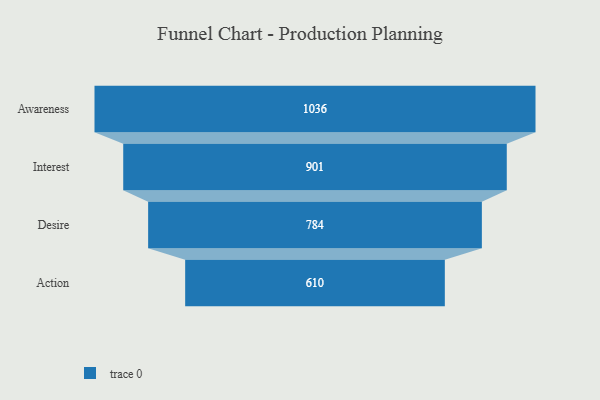
{"axis": {"x": "Stage", "y": "Value"}, "legend": [""], "data": [{"x": "Awareness", "y": 1036.0, "type": ""}, {"x": "Interest", "y": 901.0, "type": ""}, {"x": "Desire", "y": 784.0, "type": ""}, {"x": "Action", "y": 610.0, "type": ""}]}